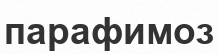
парафимоз